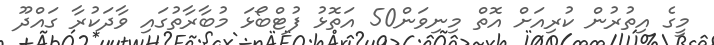
މީގެ އިތުރުން ކުރިއަށް އޮތް މިނިވަން50 އަތޮޅު ފުޓްބޯޅަ މުބާރާތުގައި ވާދަކުރާ ގައްދޫ